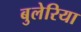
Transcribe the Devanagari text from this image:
बुलेरिया